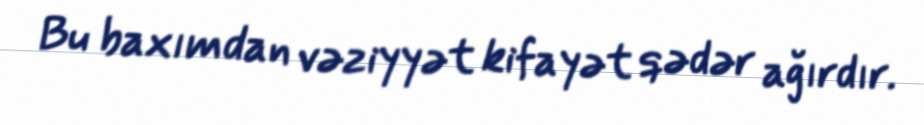
Bu baxımdan vəziyyət kifayət qədər ağırdır.